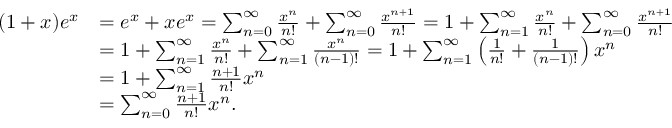
{ \begin{array} { r l } { ( 1 + x ) e ^ { x } } & { = e ^ { x } + x e ^ { x } = \sum _ { n = 0 } ^ { \infty } { \frac { x ^ { n } } { n ! } } + \sum _ { n = 0 } ^ { \infty } { \frac { x ^ { n + 1 } } { n ! } } = 1 + \sum _ { n = 1 } ^ { \infty } { \frac { x ^ { n } } { n ! } } + \sum _ { n = 0 } ^ { \infty } { \frac { x ^ { n + 1 } } { n ! } } } \\ & { = 1 + \sum _ { n = 1 } ^ { \infty } { \frac { x ^ { n } } { n ! } } + \sum _ { n = 1 } ^ { \infty } { \frac { x ^ { n } } { ( n - 1 ) ! } } = 1 + \sum _ { n = 1 } ^ { \infty } \left( { \frac { 1 } { n ! } } + { \frac { 1 } { ( n - 1 ) ! } } \right) x ^ { n } } \\ & { = 1 + \sum _ { n = 1 } ^ { \infty } { \frac { n + 1 } { n ! } } x ^ { n } } \\ & { = \sum _ { n = 0 } ^ { \infty } { \frac { n + 1 } { n ! } } x ^ { n } . } \end{array} }